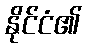
နိုင်ငံ၏